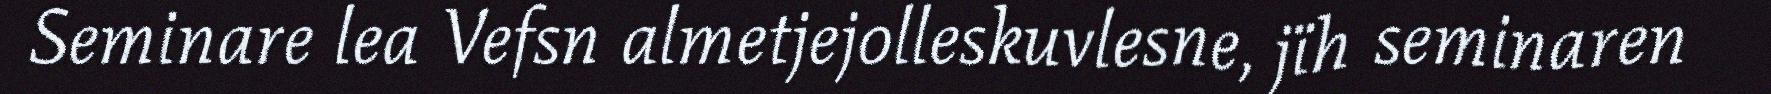
Seminare lea Vefsn almetjejolleskuvlesne, jïh seminaren